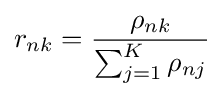
r_{nk}={\frac {\rho _{nk}}{\sum _{j=1}^{K}\rho _{nj}}}